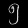
Digit: ၅